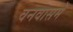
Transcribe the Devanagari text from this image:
वनवासमें